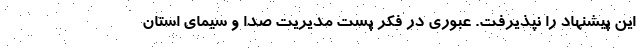
این پیشنهاد را نپذیرفت. عبوری در فکر پست مدیریت صدا و سیمای استان